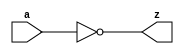
`timescale 1ns / 1ps
//////////////////////////////////////////////////////////////////////////////////
// Company: 
// Engineer: 
// 
// Design Name: 
// Module Name:    not_gate 
// Project Name: 
// Target Devices: 
// Tool versions: 
// Description: 
//
// Dependencies: 
//
// Revision: 
// Revision 0.01 - File Created
// Additional Comments: 
//
//////////////////////////////////////////////////////////////////////////////////
module not_gate(
    input a,
    output z
    );

assign z= ~a;

endmodule